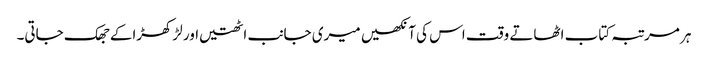
ہر مرتبہ کتاب اٹھاتے وقت اس کی آنکھیں میری جانب اٹھتیں اور لڑکھڑاکے جھک جاتی۔